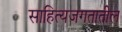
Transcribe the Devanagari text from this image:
साहित्यजगतातील